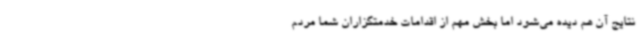
نتایج آن هم دیده می‌شود اما بخش مهم از اقدامات خدمتگزاران شما مردم